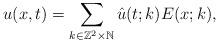
LaTeX: \begin{align*}u(x,t)=\sum_{k\in \mathbb{Z}^2 \times \mathbb{N}}\hat{u}(t;k) E(x;k),\end{align*}